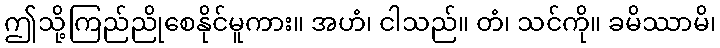
ဤသို့ကြည်ညိုစေနိုင်မူကား။ အဟံ၊ ငါသည်။ တံ၊ သင်ကို။ ခမိဿာမိ၊